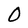
Character: O